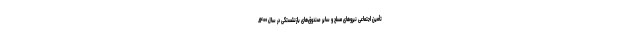
تأمین اجتماعی نیروهای مسلح و سایر صندوق‌های بازنشستگی در سال ۱۴۰۰،